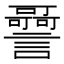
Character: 𧭳